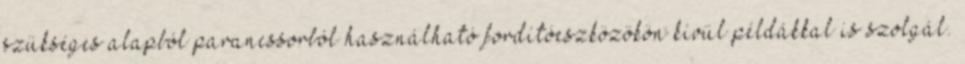
szükséges alapból parancssorból használható fordítóeszközökön kívül példákkal is szolgál.